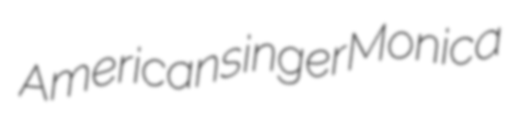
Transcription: American singer Monica